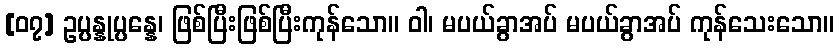
[၀၇] ဥပ္ပန္နုပ္ပန္နေ၊ ဖြစ်ပြီးဖြစ်ပြီးကုန်သော။ ဝါ၊ မပယ်ခွာအပ် မပယ်ခွာအပ် ကုန်သေးသော။